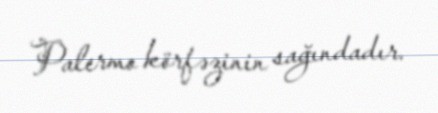
Palermo körfəzinin sağındadır.